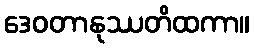
ဒေဝတာနုဿတိထကာ။